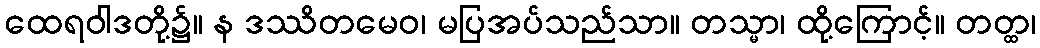
ထေရဝါဒတို့၌။ န ဒဿိတမေဝ၊ မပြအပ်သည်သာ။ တသ္မာ၊ ထို့ကြောင့်။ တတ္ထ၊